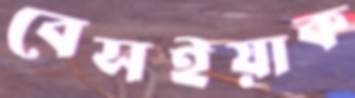
বেসইয়াক